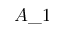
A \_ 1